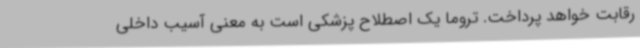
رقابت خواهد پرداخت. تروما یک اصطلاح پزشکی است به معنی آسیب داخلی